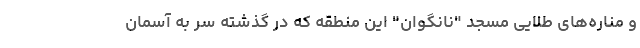
و مناره‌های طلایی مسجد "نانگوان" این منطقه که در گذشته سر به آسمان